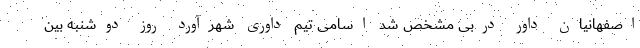
اصفهانیان داور دربی مشخص شد اسامی تیم داوری شهرآورد روز دوشنبه بین